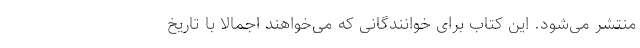
منتشر می‌شود. این کتاب برای خوانندگانی که می‌خواهند اجمالا با تاریخ